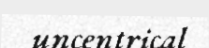
uncentrical